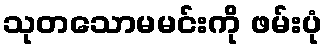
သုတသောမမင်းကို ဖမ်းပုံ